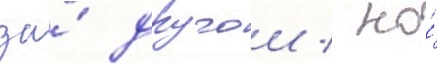
за́ другои / но́